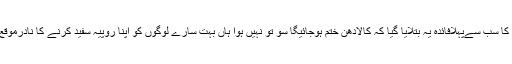
نوٹ بندی کا سب سےپہلافائدہ یہ بتلایا گیا کہ کالادھن ختم ہوجائیگا سو تو نہیں ہوا ہاں بہت سارے لوگوں کو اپنا روپیہ سفید کرنے کا نادرموقع ہاتھ آ گیا۔